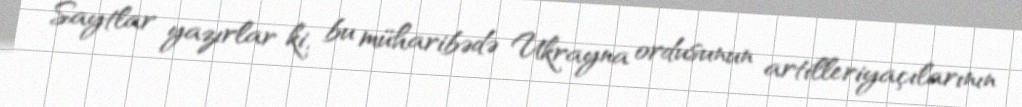
Saytlar yazırlar ki, bu müharibədə Ukrayna ordusunun artilleriyaçılarının